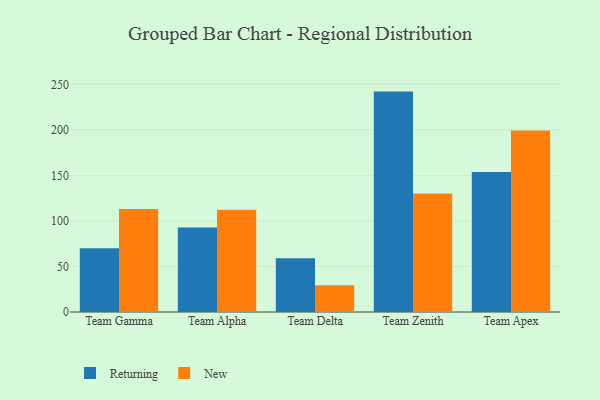
{"axis": {"x": "Team", "y": "Revenue (USD Million)"}, "legend": ["New", "Returning"], "data": [{"x": "Team Gamma", "y": 69.9, "type": "Returning"}, {"x": "Team Gamma", "y": 113.0, "type": "New"}, {"x": "Team Alpha", "y": 92.8, "type": "Returning"}, {"x": "Team Alpha", "y": 112.4, "type": "New"}, {"x": "Team Delta", "y": 59.0, "type": "Returning"}, {"x": "Team Delta", "y": 29.4, "type": "New"}, {"x": "Team Zenith", "y": 242.0, "type": "Returning"}, {"x": "Team Zenith", "y": 130.2, "type": "New"}, {"x": "Team Apex", "y": 153.8, "type": "Returning"}, {"x": "Team Apex", "y": 199.2, "type": "New"}]}